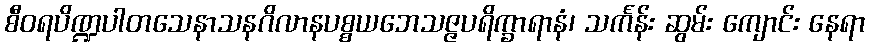
စီဝရပိဏ္ဍပါတသေနာသနဂိလာနပစ္စယဘေသဇ္ဇပရိက္ခာရာနံ၊ သင်္ကန်း ဆွမ်း ကျောင်း နေရာ